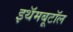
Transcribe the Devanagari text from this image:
इथॅमबूटॉल